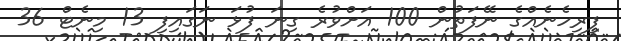
ފިރިހެނެއްގެ ނޭފަތުން 100 އަށްވުރެ ގިނަ ފުޅަ ނަގައިފި 13 މިނެޓް 36